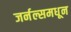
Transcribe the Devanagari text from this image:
जर्नल्समधून